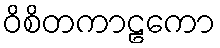
ဝိစိတကာဠကော